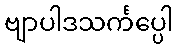
ဗျာပါဒသင်္ကပ္ပေါ